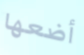
أضعها